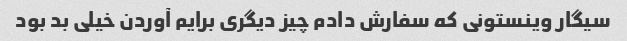
سیگار وینستونی که سفارش دادم چیز دیگری برایم آوردن خیلی بد بود